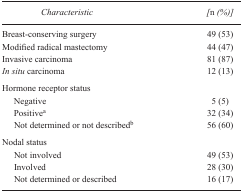
<table><thead><tr><td><b>Characteristic</b></td><td><b>[<i>n</i> (%)]</b></td></tr></thead><tbody><tr><td>Breast-conserving surgery</td><td>49 (53)</td></tr><tr><td>Modified radical mastectomy</td><td>44 (47)</td></tr><tr><td>Invasive carcinoma</td><td>81 (87)</td></tr><tr><td><i>In situ</i> carcinoma</td><td>12 (13)</td></tr><tr><td colspan="2">Hormone receptor status</td></tr><tr><td> Negative</td><td>5 (5)</td></tr><tr><td> Positivea</td><td>32 (34)</td></tr><tr><td> Not determined or not describedb</td><td>56 (60)</td></tr><tr><td colspan="2">Nodal status</td></tr><tr><td> Not involved</td><td>49 (53)</td></tr><tr><td> Involved</td><td>28 (30)</td></tr><tr><td> Not determined or described</td><td>16 (17)</td></tr></tbody></table>